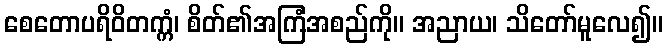
စေတောပရိဝိတက္ကံ၊ စိတ်၏အကြံအစည်ကို။ အညာယ၊ သိတော်မူလေ၍။